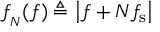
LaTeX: f _ { _ { N } } ( f ) \triangleq \left| f + N f _ { \mathrm { { s } } } \right|